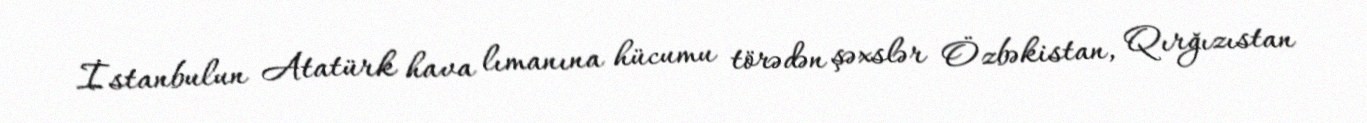
İstanbulun Atatürk hava lımanına hücumu törədən şəxslər Özbəkistan, Qırğızıstan